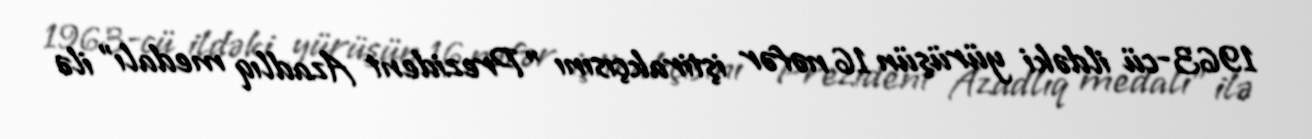
1963-cü ildəki yürüşün 16 nəfər iştirakçısını "Prezident Azadlıq medalı" ilə